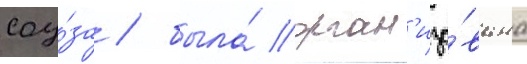
соу́за / была́ орган'изо́вана